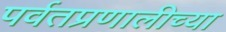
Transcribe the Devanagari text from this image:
पर्वतप्रणालीच्या